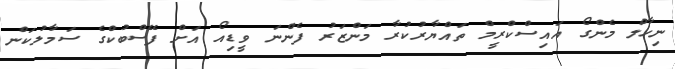
ނިހާލް މެންގޯ އައިސްކްރީމް ތައްޔާރުކުރާ މަންޒަރު ފެންނަ ވީޑިއޯ އަށް ފޭސްބުކްގެ ސަމާލުކަން